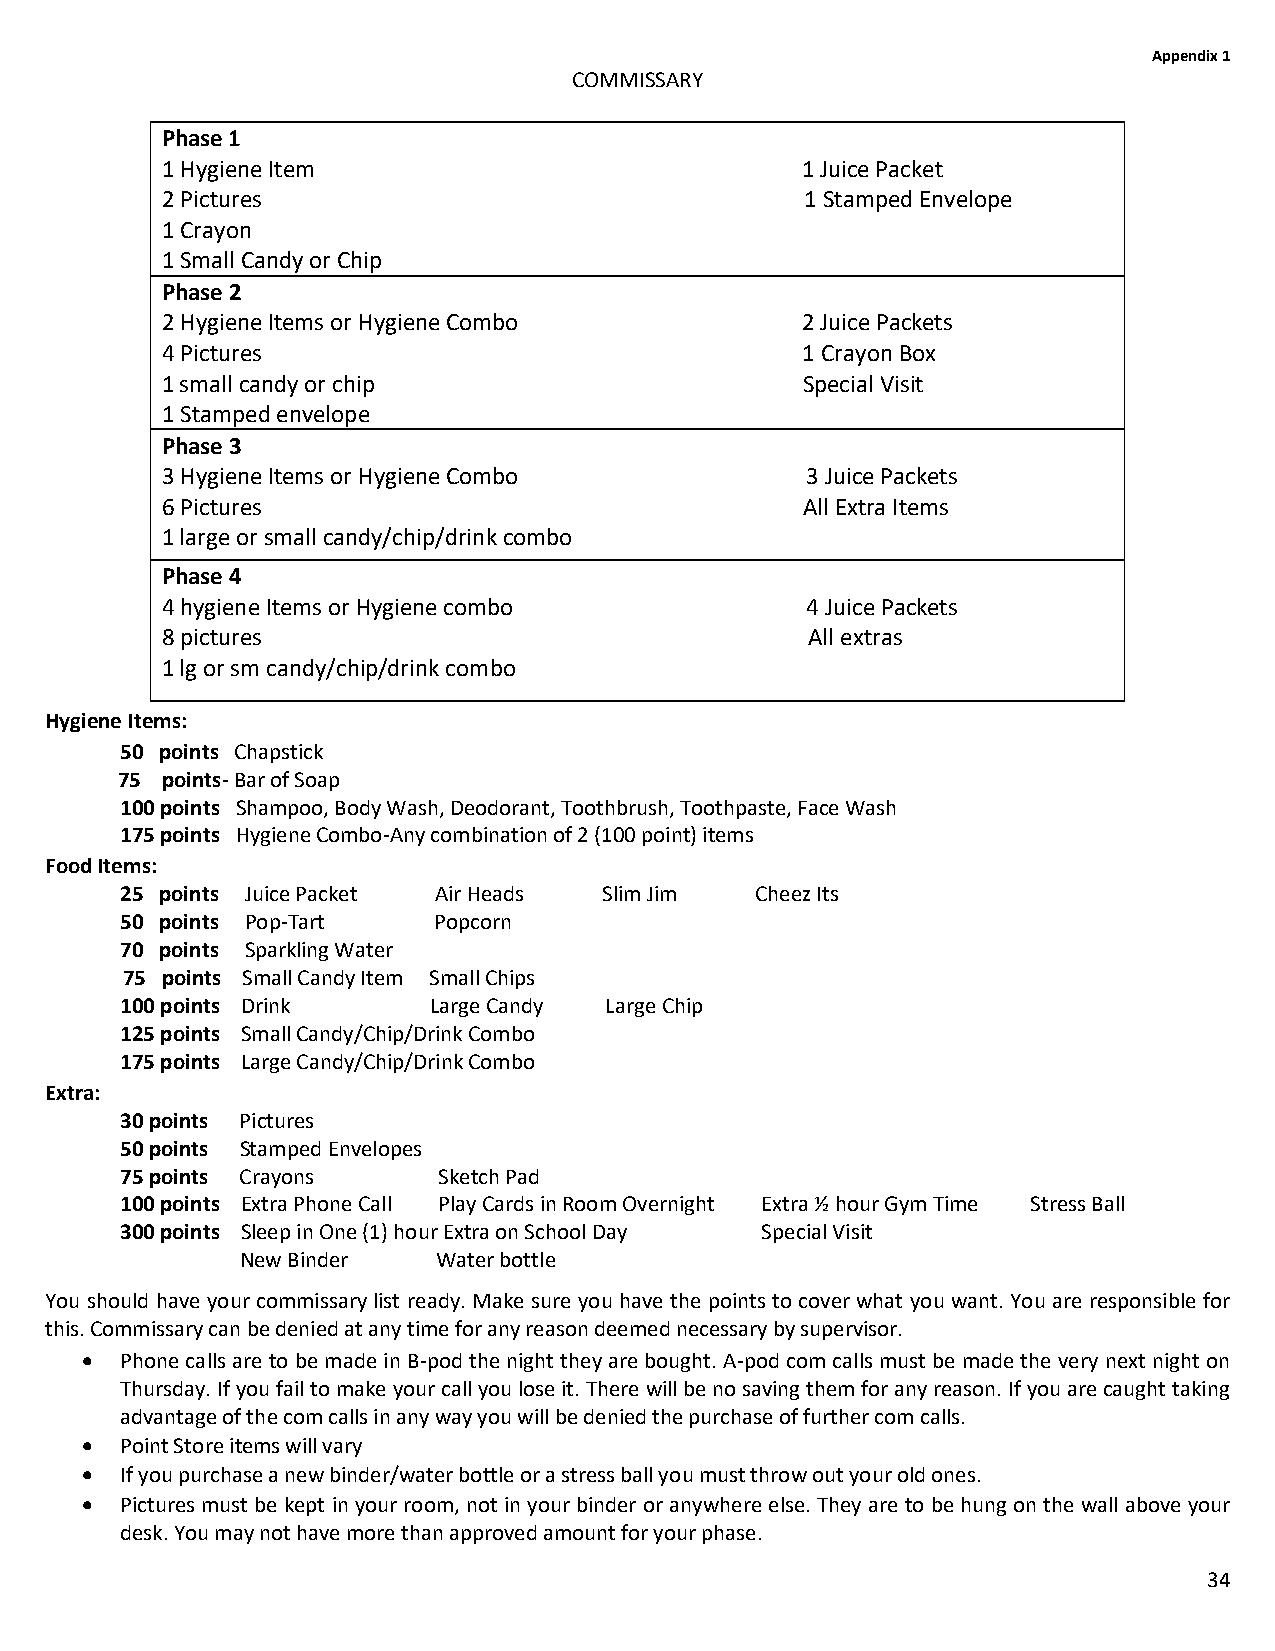
Appendix 1
 COMMISSARY
 Phase 1
 1 Hygiene Item                            1 Juice Packet
 2 Pictures                                1 Stamped Envelope
 1 Crayon
 1 Small Candy or Chip
 Phase 2
 2 Hygiene Items or Hygiene Combo          2 Juice Packets
 4 Pictures                                1 Crayon Box
 1 small candy or chip                     Special Visit
 1 Stamped envelope
 Phase 3
 3 Hygiene Items or Hygiene Combo          3 Juice Packets
 6 Pictures                                All Extra Items
 1 large or small candy/chip/drink combo
 Phase 4
 4 hygiene Items or Hygiene combo          4 Juice Packets
 8 pictures                                 All extras
 1 lg or sm candy/chip/drink combo
 Hygiene Items:
 50 points Chapstick
 75 points- Bar of Soap
 100 points Shampoo, Body Wash, Deodorant, Toothbrush, Toothpaste, Face Wash
 175 points Hygiene Combo-Any combination of 2 (100 point) items
 Food Items:
 25 points Juice Packet Air Heads Slim Jim Cheez Its
 50 points Pop-Tart   Popcorn
 70 points Sparkling Water
 75 points Small Candy Item Small Chips
 100 points Drink    Large Candy Large Chip
 125 points Small Candy/Chip/Drink Combo
 175 points Large Candy/Chip/Drink Combo
 Extra:
 30 points Pictures
 50 points Stamped Envelopes
 75 points Crayons    Sketch Pad
 100 points Extra Phone Call Play Cards in Room Overnight Extra ½ hour Gym Time Stress Ball
 300 points Sleep in One (1) hour Extra on School Day Special Visit
 New Binder   Water bottle
 You should have your commissary list ready. Make sure you have the points to cover what you want. You are responsible for
 this. Commissary can be denied at any time for any reason deemed necessary by supervisor.
 •  Phone calls are to be made in B-pod the night they are bought. A-pod com calls must be made the very next night on
 Thursday. If you fail to make your call you lose it. There will be no saving them for any reason. If you are caught taking
 advantage of the com calls in any way you will be denied the purchase of further com calls.
 •  Point Store items will vary
 •  If you purchase a new binder/water bottle or a stress ball you must throw out your old ones.
 •  Pictures must be kept in your room, not in your binder or anywhere else. They are to be hung on the wall above your
 desk. You may not have more than approved amount for your phase.
 34